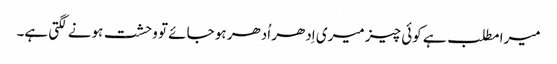
میرا مطلب ہے کوئی چیز میری اِدھر اُدھر ہو جائے تو وحشت ہونے لگتی ہے۔